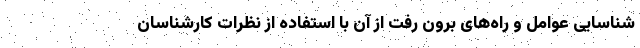
شناسایی عوامل و راه‌های برون رفت از آن با استفاده از نظرات کارشناسان